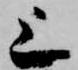
上